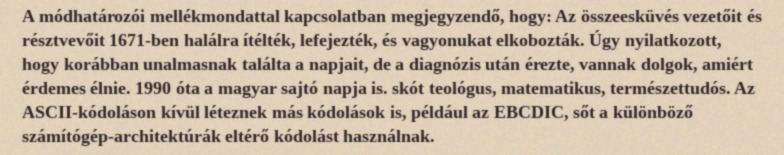
A módhatározói mellékmondattal kapcsolatban megjegyzendő, hogy: Az összeesküvés vezetőit és résztvevőit 1671-ben halálra ítélték, lefejezték, és vagyonukat elkobozták. Úgy nyilatkozott, hogy korábban unalmasnak találta a napjait, de a diagnózis után érezte, vannak dolgok, amiért érdemes élnie. 1990 óta a magyar sajtó napja is. skót teológus, matematikus, természettudós. Az ASCII-kódoláson kívül léteznek más kódolások is, például az EBCDIC, sőt a különböző számítógép-architektúrák eltérő kódolást használnak.